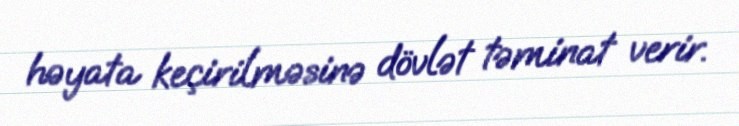
həyata keçirilməsinə dövlət təminat verir.